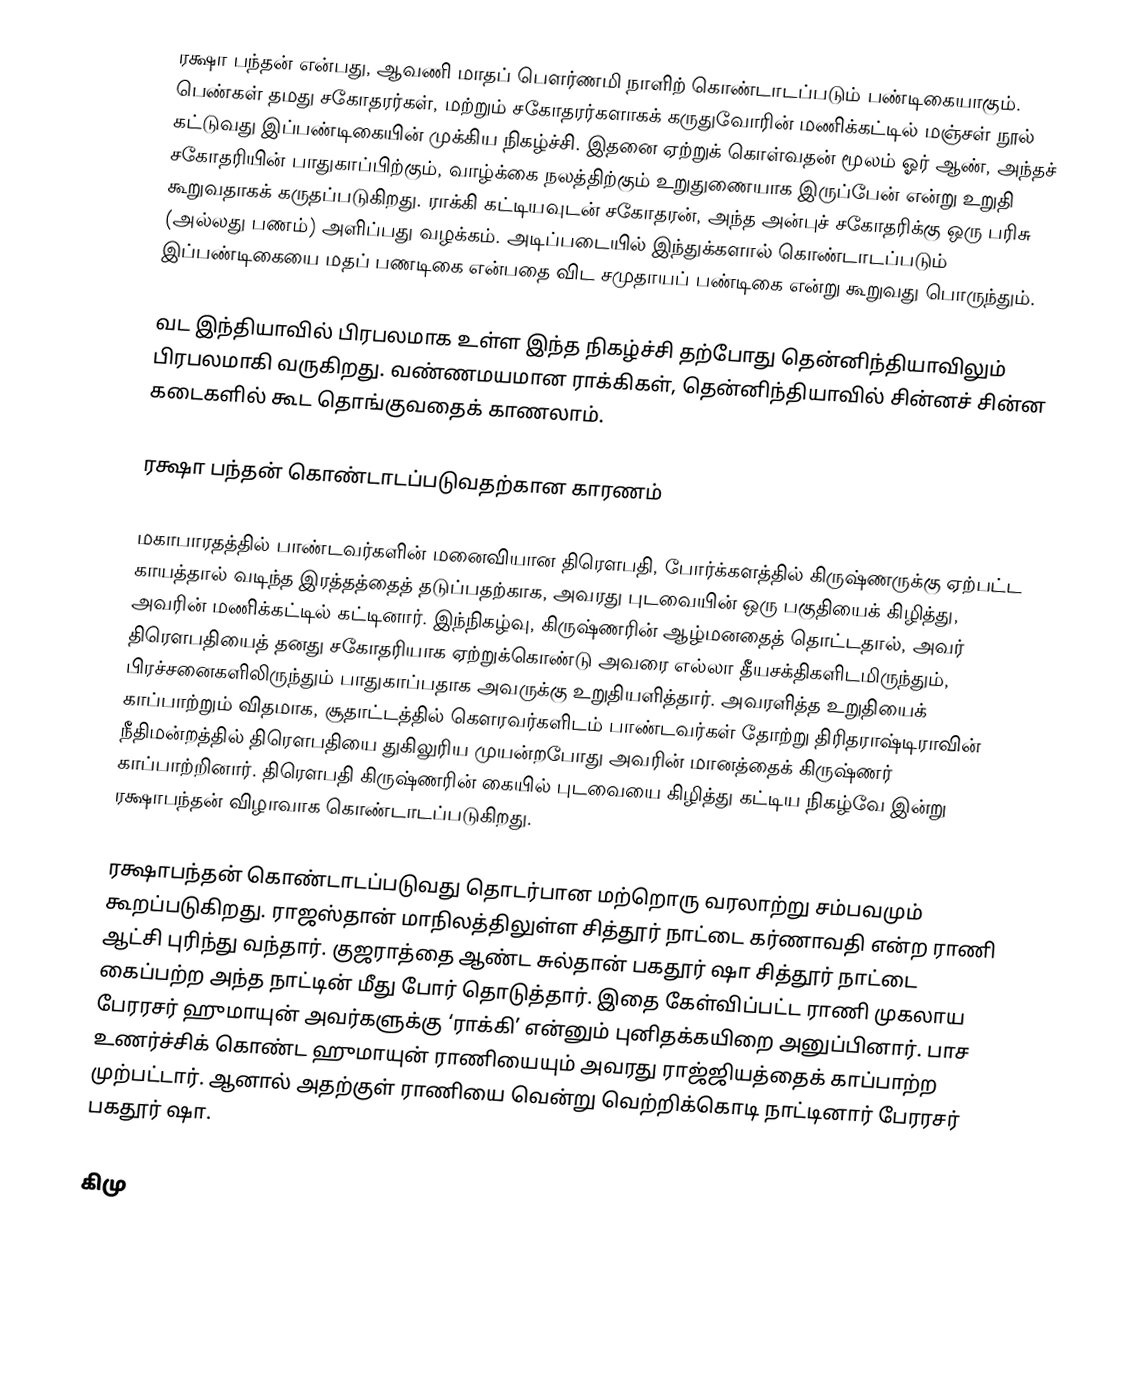
ரக்ஷா பந்தன் என்பது, ஆவணி மாதப் பௌர்ணமி நாளிற் கொண்டாடப்படும் பண்டிகையாகும். பெண்கள் தமது சகோதரர்கள், மற்றும் சகோதரர்களாகக் கருதுவோரின் மணிக்கட்டில் மஞ்சள் நூல் கட்டுவது இப்பண்டிகையின் முக்கிய நிகழ்ச்சி. இதனை ஏற்றுக் கொள்வதன் மூலம் ஓர் ஆண், அந்தச் சகோதரியின் பாதுகாப்பிற்கும், வாழ்க்கை நலத்திற்கும் உறுதுணையாக இருப்பேன் என்று உறுதி கூறுவதாகக் கருதப்படுகிறது. ராக்கி கட்டியவுடன் சகோதரன், அந்த அன்புச் சகோதரிக்கு ஒரு பரிசு (அல்லது பணம்) அளிப்பது வழக்கம். அடிப்படையில் இந்துக்களால் கொண்டாடப்படும் இப்பண்டிகையை மதப் பணடிகை என்பதை விட சமுதாயப் பண்டிகை என்று கூறுவது பொருந்தும்.

வட இந்தியாவில் பிரபலமாக உள்ள இந்த நிகழ்ச்சி தற்போது தென்னிந்தியாவிலும் பிரபலமாகி வருகிறது. வண்ணமயமான ராக்கிகள், தென்னிந்தியாவில் சின்னச் சின்ன கடைகளில் கூட தொங்குவதைக் காணலாம்.

ரக்ஷா பந்தன் கொண்டாடப்படுவதற்கான காரணம்

மகாபாரதத்தில் பாண்டவர்களின் மனைவியான திரௌபதி, போர்க்களத்தில் கிருஷ்ணருக்கு  ஏற்பட்ட காயத்தால் வடிந்த இரத்தத்தைத் தடுப்பதற்காக, அவரது புடவையின் ஒரு பகுதியைக் கிழித்து, அவரின் மணிக்கட்டில் கட்டினார். இந்நிகழ்வு, கிருஷ்ணரின் ஆழ்மனதைத் தொட்டதால், அவர் திரௌபதியைத் தனது சகோதரியாக ஏற்றுக்கொண்டு அவரை எல்லா தீயசக்திகளிடமிருந்தும், பிரச்சனைகளிலிருந்தும் பாதுகாப்பதாக அவருக்கு உறுதியளித்தார். அவரளித்த உறுதியைக் காப்பாற்றும் விதமாக, சூதாட்டத்தில் கௌரவர்களிடம் பாண்டவர்கள் தோற்று திரிதராஷ்டிராவின் நீதிமன்றத்தில்  திரௌபதியை துகிலுரிய முயன்றபோது அவரின் மானத்தைக் கிருஷ்ணர் காப்பாற்றினார். திரௌபதி கிருஷ்ணரின் கையில் புடவையை கிழித்து கட்டிய நிகழ்வே இன்று ரக்ஷாபந்தன் விழாவாக கொண்டாடப்படுகிறது.

ரக்ஷாபந்தன் கொண்டாடப்படுவது  தொடர்பான மற்றொரு வரலாற்று சம்பவமும் கூறப்படுகிறது.  ராஜஸ்தான் மாநிலத்திலுள்ள சித்தூர் நாட்டை கர்ணாவதி என்ற ராணி ஆட்சி புரிந்து வந்தார். குஜராத்தை ஆண்ட சுல்தான் பகதூர் ஷா சித்தூர் நாட்டை கைப்பற்ற அந்த நாட்டின் மீது போர் தொடுத்தார். இதை கேள்விப்பட்ட ராணி முகலாய பேரரசர் ஹுமாயுன் அவர்களுக்கு ‘ராக்கி’ என்னும் புனிதக்கயிறை அனுப்பினார். பாச உணர்ச்சிக் கொண்ட ஹுமாயுன் ராணியையும் அவரது ராஜ்ஜியத்தைக் காப்பாற்ற முற்பட்டார். ஆனால் அதற்குள் ராணியை வென்று வெற்றிக்கொடி நாட்டினார் பேரரசர் பகதூர் ஷா.

கிமு